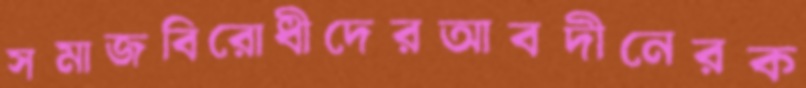
সমাজবিরোধীদেরআবদীনেরক